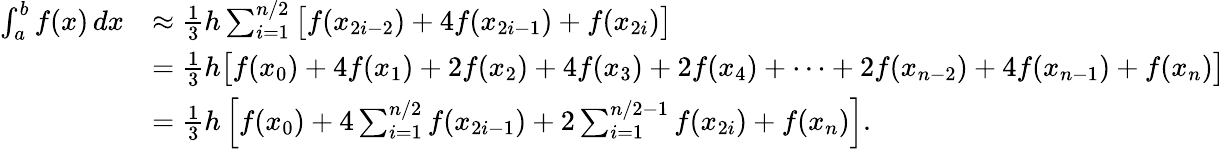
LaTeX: {\begin{array}{rl}{\int_{a}^{b}f(x)\, dx}&{\approx{\frac{1}{3}}h\sum_{i=1}^{n/2}{\big[}f(x_{2i-2})+4f(x_{2i-1})+f(x_{2i}){\big]}}\\ &{={\frac{1}{3}}h{\big[}f(x_{0})+4f(x_{1})+2f(x_{2})+4f(x_{3})+2f(x_{4})+\dots+2f(x_{n-2})+4f(x_{n-1})+f(x_{n}){\big]}}\\ &{={\frac{1}{3}}h\left[f(x_{0})+4\sum_{i=1}^{n/2}f(x_{2i-1})+2\sum_{i=1}^{n/2-1}f(x_{2i})+f(x_{n})\right].}\end{array}}